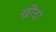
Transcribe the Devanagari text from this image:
खींचो